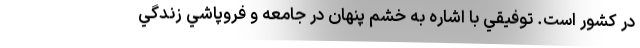
در كشور است. توفيقي با اشاره به خشم پنهان در جامعه و فروپاشي زندگي